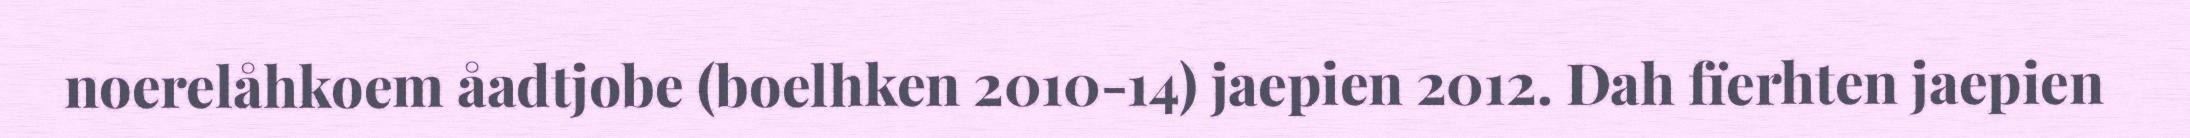
noerelåhkoem åadtjobe (boelhken 2010-14) jaepien 2012. Dah fïerhten jaepien